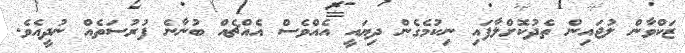
ޒަކްވާން ލުޖައިން ތެދުކޮށްލާފައި ނިކުމެގެން ދިޔައީ އެއްވެސް އެއްޗެއް ބުނާނެ ފުރުސަތެއް ނުދީއެވެ.